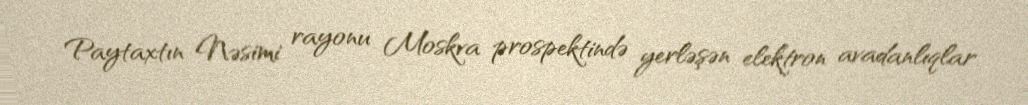
Paytaxtın Nəsimi rayonu Moskva prospektində yerləşən elektron avadanlıqlar